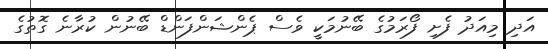
އަދި މިއަދު ފެށި ފޯރަމުގެ ބޭނުމަކީ ވެސް ޕެންޝަންފަންޑް ބޭނުން ކުރާނެ ގޮތުގެ